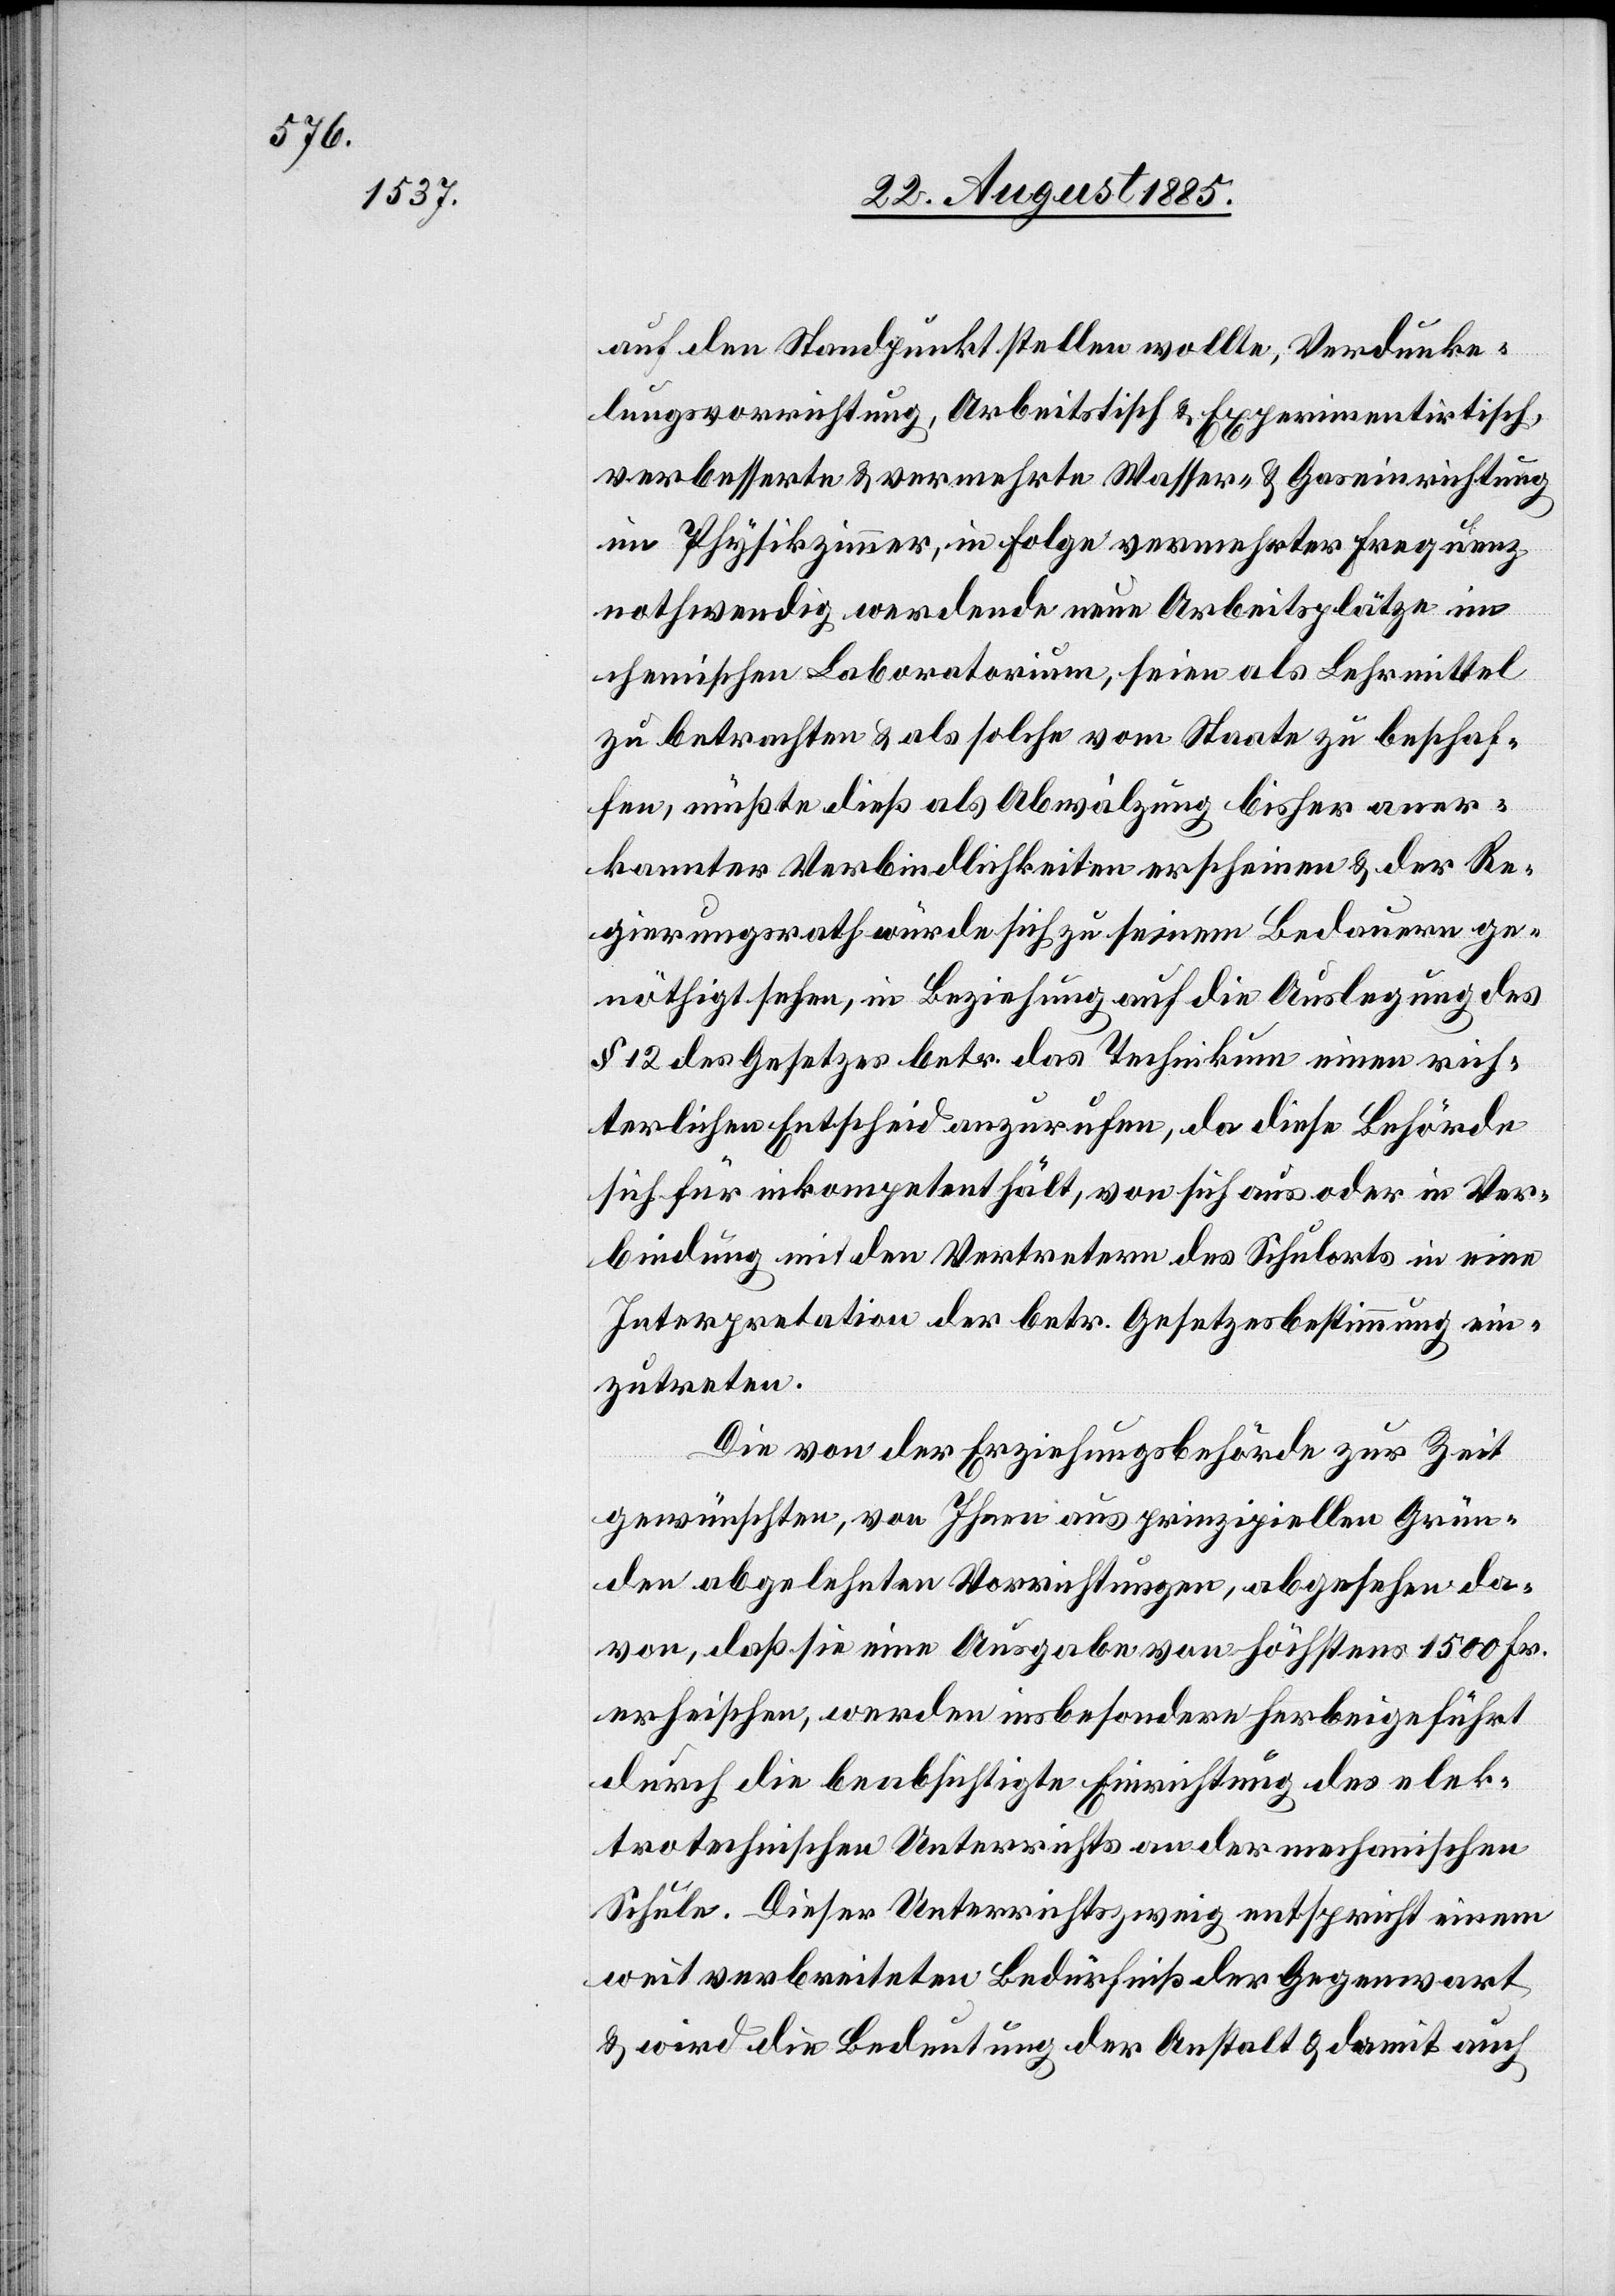
auf den Standpunkt stellen wollte, Verdunke¬
lungsvorrichtung, Arbeitstisch & Exeperimentirtisch,
verbesserte & vermehrte Wasser- & Gaseinrichtung
im Physikzimmer, in Folge vermehrter Frequenz
nothwendig werdende neue Arbeitsplätze im
chemischen Laboratorium, seien als Lehrmittel
zu betrachten & als solche vom Staate zu beschaf¬
fen, müßte dieß als Abwälzung bisher aner¬
kannter Verbindlichkeiten erscheinen & der Re¬
gierungsrath würde sich zu seinem Bedauern ge¬
nöthigt sehen, in Beziehung auf die Auslegung des
§ 12 des Gesetzes betr. das Technikum einen rich¬
terlichen Entscheid anzurufen, da diese Behörde
sich für inkompetent hält, von sich aus oder in Ver¬
bindung mit den Vertretern des Schulorts in eine
Interpretation der betr. Gesetzesbestimmung ein¬
zutreten.
Die von der Erziehungsbehörde zur Zeit
gewünschten, von Ihnen aus prinzipiellen Grün¬
den abgelehnten Vorrichtungen, abgesehen da¬
von, daß sie eine Ausgabe von höchstens 1500 Fr.
erheischen, werden insbesondere herbeigeführt
durch die beabsichtigte Einrichtung des elek¬
trotechnischen Unterrichts an der mechanischen
Schule. Dieser Unterrichtszweig entspricht einem
weit verbreiteten Bedürfniß der Gegenwart
& wird die Bedeutung der Anstalt & damit auch